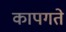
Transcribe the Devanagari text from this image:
कापगते